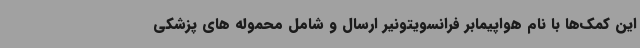
این کمک‌ها با نام هواپیمابر فرانسویتونیر ارسال و شامل محموله های پزشکی